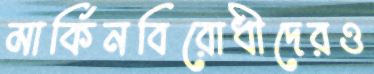
মার্কিনবিরোধীদেরও